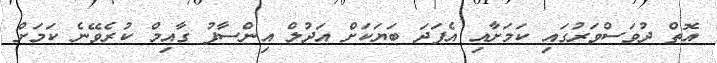
އޮތް ދުވަސްވަަރުގައި ކަމަށާއި އެފަދަ ބަޔަކަށް އަދުލް އިންސާފު ގާއިމް ކުރެވޭނެ ކަމަށް